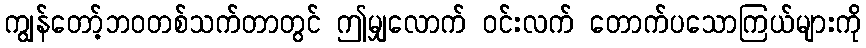
ကျွန်တော့်ဘဝတစ်သက်တာတွင် ဤမျှလောက် ဝင်းလက် တောက်ပသောကြယ်များကို